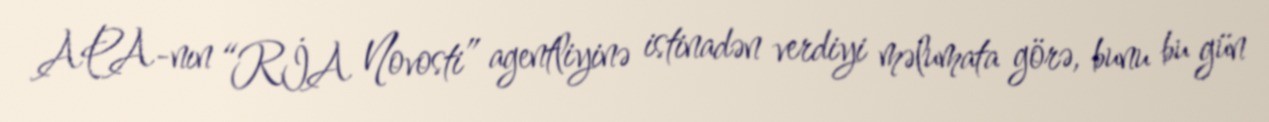
APA-nın “RİA Novosti” agentliyinə istinadən verdiyi məlumata görə, bunu bu gün